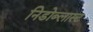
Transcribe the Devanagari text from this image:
निडोब्लास्ट